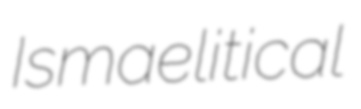
Ismaelitical